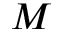
M